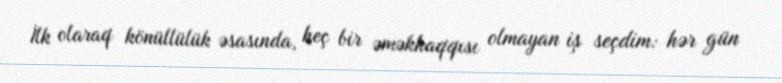
İlk olaraq könüllülük əsasında, heç bir əməkhaqqısı olmayan iş seçdim: hər gün